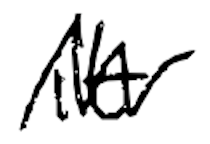
Text: it
Cross-out: zig-zag
Writing tool: digital_black